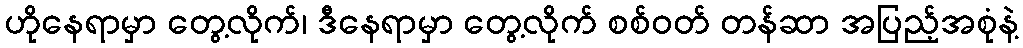
ဟိုနေရာမှာ တွေ့လိုက်၊ ဒီနေရာမှာ တွေ့လိုက် စစ်ဝတ် တန်ဆာ အပြည့်အစုံနဲ့